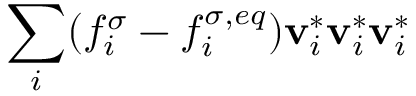
\sum _ { i } ( f _ { i } ^ { \sigma } - f _ { i } ^ { \sigma , e q } ) \mathbf { v } _ { i } ^ { * } \mathbf { v } _ { i } ^ { * } \mathbf { v } _ { i } ^ { * }